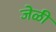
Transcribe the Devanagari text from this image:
जेळी